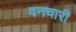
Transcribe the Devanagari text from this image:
वनचारी